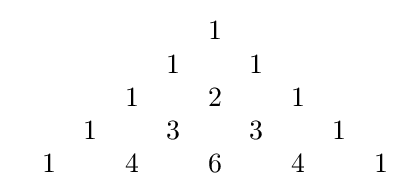
{\begin{matrix}&&&&&1\\&&&&1&&1\\&&&1&&2&&1\\&&1&&3&&3&&1\\&1&&4&&6&&4&&1\end{matrix}}